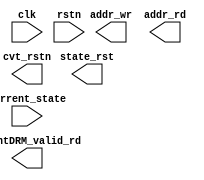
`timescale 1ns / 1ps

module WeightCtrl # (
    parameter       WR_ADDR_DEPTH           =   10              ,
    parameter       RD_ADDR_DEPTH           =   8               
)
(
    input   wire                        clk                 ,
    input   wire                        rstn                , 
//control path in   
    input   wire    [2:0]               current_state       ,
//control path out  
    output  wire                        state_rst           ,
    output  wire                        WeightDRM_valid_rd  ,
//control path inner
    output  wire                        cvt_rstn            ,     
    output  wire    [WR_ADDR_DEPTH-1:0] addr_wr             ,
    output  wire    [RD_ADDR_DEPTH-1:0] addr_rd         
);

endmodule